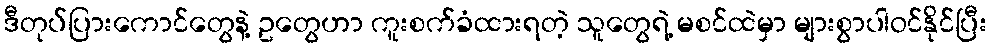
ဒီတုပ်ပြားကောင်တွေနဲ့ ဥတွေဟာ ကူးစက်ခံထားရတဲ့ သူတွေရဲ့ မစင်ထဲမှာ များစွာပါဝင်နိုင်ပြီး